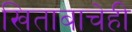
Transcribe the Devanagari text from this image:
खिताबाचेही